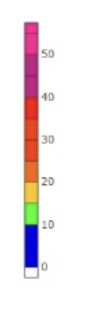
Blue: 0 to 10
Green: 10 to 15
Yellow: 15 to 20
Orange: 20 to 25
Dark Orange: 25 to 30
Red: 30 to 40
Magenta: 40 to 50
Pink: 50 to 58